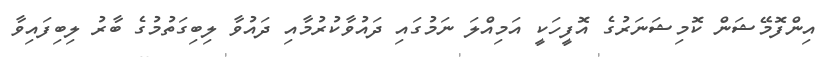
އިންފޮމޭޝަން ކޮމިޝަނަރުގެ އޮފީހަކީ އަމިއްލަ ނަމުގައި ދައުވާކުރުމާއި ދައުވާ ލިބިގަތުމުގެ ބާރު ލިބިފައިވާ